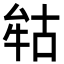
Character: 𭷢